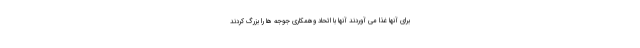
برای آنها غذا می آوردند آنها با اتحاد وهمکاری جوجه ها را بزرگ کردند